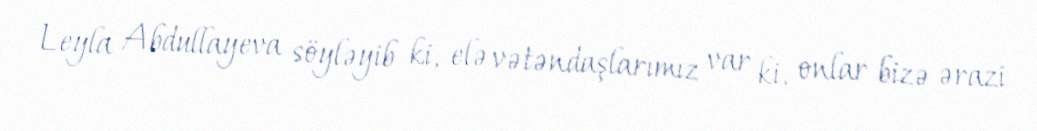
Leyla Abdullayeva söyləyib ki, elə vətəndaşlarımız var ki, onlar bizə ərazi